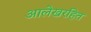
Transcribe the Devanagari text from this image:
आलेखरहित